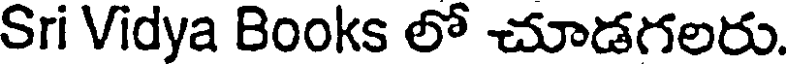
Sri Vidya Books లో చూడగలరు.